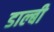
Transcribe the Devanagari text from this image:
डाल्बी